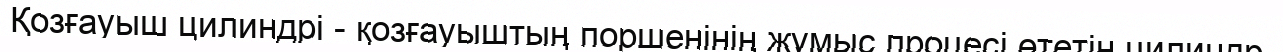
Қозғауыш цилиндрі - қозғауыштың поршенінің жұмыс процесі өтетін цилиндр.